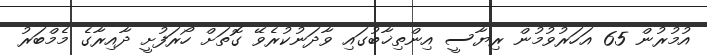
އުމުރުން 65 އަހަރުވުމުން ރިޔާސީ އިންތިޚާބުގައި ވާދަނުކުރެވޭ ގޮތަށް ހޯރަފުށީ ދާއިރާގެ މެމްބަރު